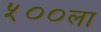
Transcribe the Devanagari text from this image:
५००ला